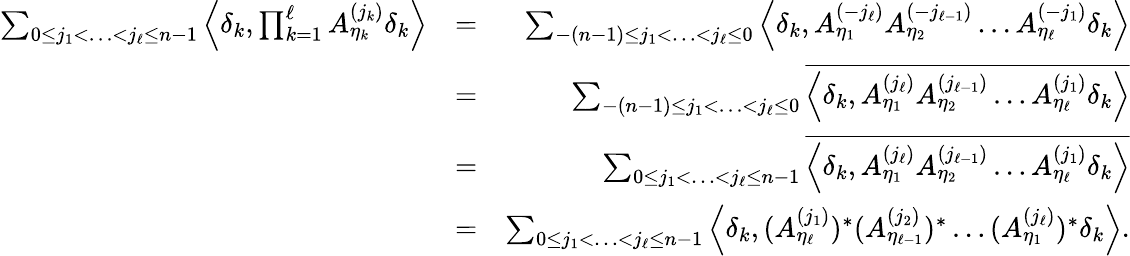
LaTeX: \begin{array}{rlr}{\sum_{0\leq j_{1}<\ldots<j_{\ell}\leq n-1}\left\langle\delta_{k},\prod_{k=1}^{\ell}A_{\eta_{k}}^{(j_{k})}\delta_{k}\right\rangle}&{=}&{\sum_{-(n-1)\leq j_{1}<\ldots<j_{\ell}\leq 0}\left\langle\delta_{k},A_{\eta_{1}}^{(-j_{\ell})}A_{\eta_{2}}^{(-j_{\ell-1})}\ldots A_{\eta_{\ell}}^{(-j_{1})}\delta_{k}\right\rangle}\\ &{=}&{\sum_{-(n-1)\leq j_{1}<\ldots<j_{\ell}\leq 0}\overline{{\left\langle\delta_{k},A_{\eta_{1}}^{(j_{\ell})}A_{\eta_{2}}^{(j_{\ell-1})}\ldots A_{\eta_{\ell}}^{(j_{1})}\delta_{k}\right\rangle}}}\\ &{=}&{\sum_{0\leq j_{1}<\ldots<j_{\ell}\leq n-1}\overline{{\left\langle\delta_{k},A_{\eta_{1}}^{(j_{\ell})}A_{\eta_{2}}^{(j_{\ell-1})}\ldots A_{\eta_{\ell}}^{(j_{1})}\delta_{k}\right\rangle}}}\\ &{=}&{\sum_{0\leq j_{1}<\ldots<j_{\ell}\leq n-1}\left\langle\delta_{k},(A_{\eta_{\ell}}^{(j_{1})})^{*}(A_{\eta_{\ell-1}}^{(j_{2})})^{*}\ldots(A_{\eta_{1}}^{(j_{\ell})})^{*}\delta_{k}\right\rangle.}\end{array}